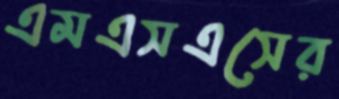
এমএসএসের